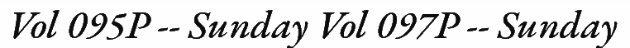
Vol 095P -- Sunday Vol 097P -- Sunday